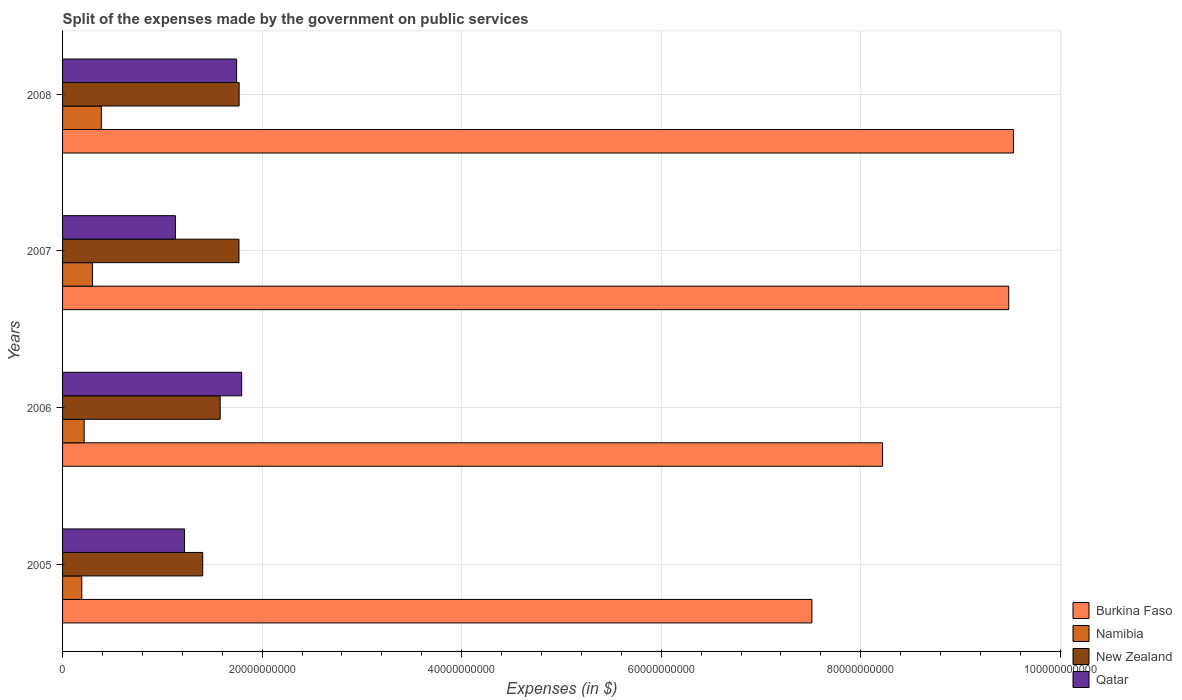
| Years | Burkina Faso | Namibia | New Zealand | Qatar |
 | --- | --- | --- | --- | --- |
 | 2005 | 7.51e+10 | 1.93e+09 | 1.4e+10 | 1.22e+10 |
 | 2006 | 8.22e+10 | 2.17e+09 | 1.58e+10 | 1.8e+10 |
 | 2007 | 9.48e+10 | 3e+09 | 1.77e+10 | 1.13e+10 |
 | 2008 | 9.53e+10 | 3.89e+09 | 1.77e+10 | 1.74e+10 |